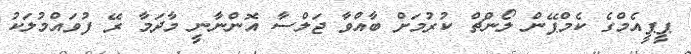
ޕީޕީއެމްގެ ކެމްޕޭން ލޯންޗް ކުރުމަށް ބާއްވާ ޖަލްސާ އޮންނާނީ މާދަމާ ރޭ ފުވައްމުލަކު